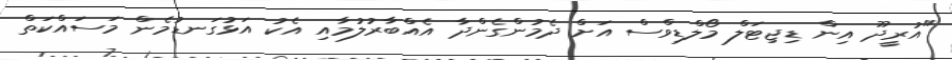
"އުރީދޫ އިން ޑިޖިޓަލް މޯލްޑިވްސް އަށް ދެމުންގެންދާ އެއްބާރުލުމާއި އެކު އަޅުގަނޑުމެން މަސައްކަތް